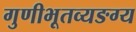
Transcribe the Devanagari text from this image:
गुणीभूतव्यङग्य